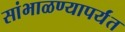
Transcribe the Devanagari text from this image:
सांभाळण्यापर्यंत